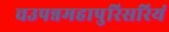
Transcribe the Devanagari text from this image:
चउपन्नमहापुरिसरियं